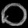
Digit: ၀